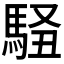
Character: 𱄜